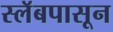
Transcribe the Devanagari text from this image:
स्लॅबपासून